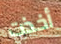
أخذت